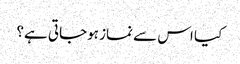
کیا اس سے نماز ہوجاتی ہے؟